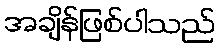
အချိန်ဖြစ်ပါသည်